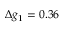
\Delta g _ { 1 } = 0 . 3 6